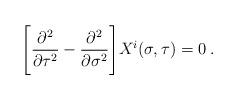
LaTeX: \begin{align*}\Biggl[ \frac{\partial^2}{\partial \tau^2}-\frac{\partial^2}{\partial \sigma^2} \Biggr]X^i (\sigma,\tau) = 0 \>.\end{align*}